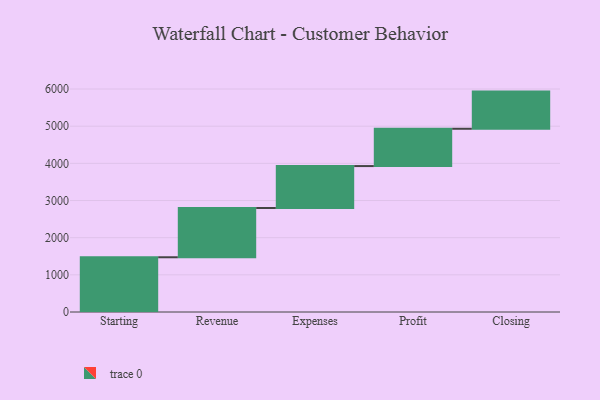
{"axis": {"x": "Step", "y": "Value"}, "legend": [""], "data": [{"x": "Starting", "y": 1473.0, "type": ""}, {"x": "Revenue", "y": 1326.0, "type": ""}, {"x": "Expenses", "y": 1128.0, "type": ""}, {"x": "Profit", "y": 1004.0, "type": ""}, {"x": "Closing", "y": 1000, "type": ""}]}